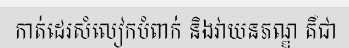
កាត់ដេរសំលៀកបំពាក់ និងវាយនភណ្ឌ គឺជា